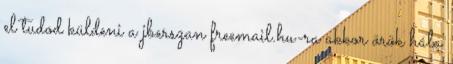
el tudod küldeni a jberszan freemail.hu-ra akkor örök hála